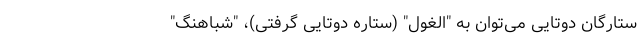
ستارگان دوتایی می‌توان به "الغول" (ستارهٔ دوتایی گرفتی)، "شباهنگ"